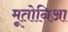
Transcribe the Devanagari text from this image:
मूतोनिआ